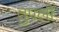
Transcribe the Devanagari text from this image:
तुपली